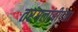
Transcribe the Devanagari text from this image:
तरंगलांबीपेक्षा